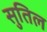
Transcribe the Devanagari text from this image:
सुतिल